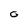
Character: o